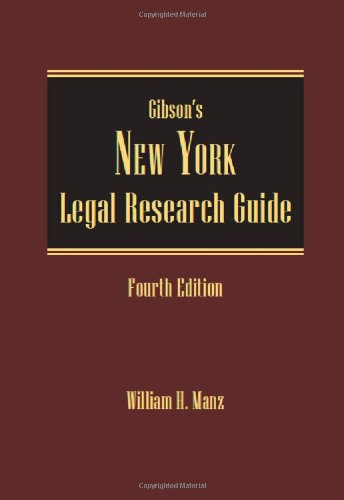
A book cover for Gibson's New York Legal Research Guide, 4th Edition; William H. Manz; Law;